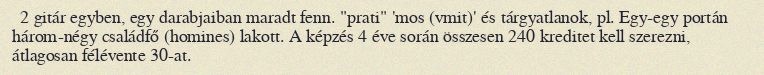
2 gitár egyben, egy darabjaiban maradt fenn. "prati" 'mos (vmit)' és tárgyatlanok, pl. Egy-egy portán három-négy családfő (homines) lakott. A képzés 4 éve során összesen 240 kreditet kell szerezni, átlagosan félévente 30-at.